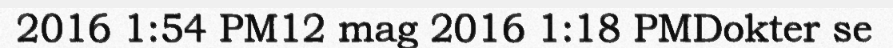
2016 1:54 PM12 mag 2016 1:18 PMDokter se